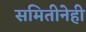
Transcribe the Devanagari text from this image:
समितीनेही